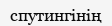
спутингінің